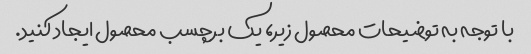
با توجه به توضیحات محصول زیر، یک برچسب محصول ایجاد کنید.